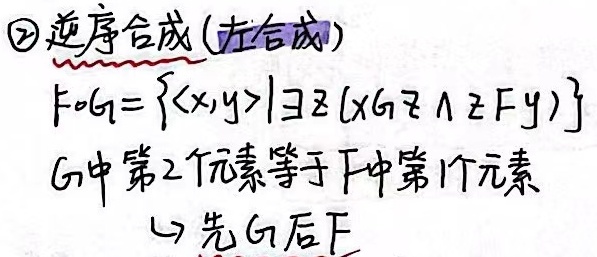
\textcircled{2} 逆序合成(左合成)：
\[F\circ G=\{\langle x,y\rangle|\exists z(xGz\land zFy)\}\]
其中\(G\)中第\(2\)个元素等于\(F\)中第\(1\)个元素。

(1) 先\(G\)后\(F\)